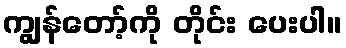
ကျွန်တော့်ကို တိုင်း ပေးပါ။